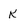
Character: k